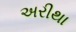
અરીથા